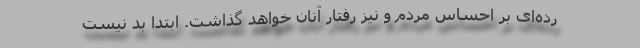
رده‌ای بر احساس مردم و نیز رفتار آنان خواهد گذاشت. ابتدا بد نیست